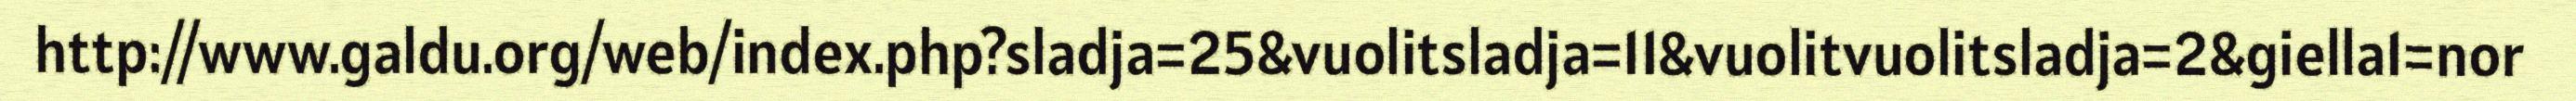
http://www.galdu.org/web/index.php?sladja=25&vuolitsladja=11&vuolitvuolitsladja=2&giella1=nor